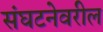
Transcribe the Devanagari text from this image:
संघटनेवरील